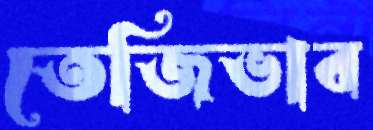
তেজিভাব